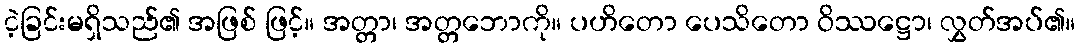
ငဲ့ခြင်းမရှိသည်၏ အဖြစ် ဖြင့်။ အတ္တာ၊ အတ္တဘောကို။ ပဟိတော ပေသိတော ဝိဿဋ္ဌော၊ လွှတ်အပ်၏။